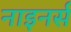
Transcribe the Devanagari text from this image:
नाइनर्स